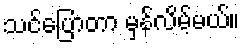
သင်ပြောတာ မှန်လိမ့်မယ်။